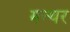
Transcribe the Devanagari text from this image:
मन्थर